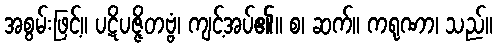
အစွမ်းဖြင့်။ ပဋိပဇ္ဇိတဗ္ဗံ၊ ကျင့်အပ်၏။ စ၊ ဆက်။ ကရုဏာ၊ သည်။